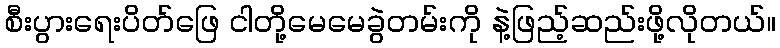
စီးပွားရေးပိတ်ဖြေ ငါတို့မေမေခွဲတမ်းကို နဲ့ဖြည့်ဆည်းဖို့လိုတယ်။